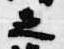
之